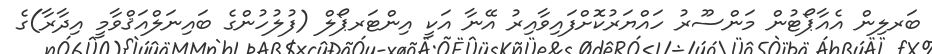
ބަރލިން އެއާޕޯޓުން މަންސޫރު ހައްޔަރުކޮށްފައިވާއިރު އޭނާ އަކީ އިންޓަރޕޯލް (ފުލުހުންގެ ބައިނަލްއަޤްވާމީ އިދާރާ)ގެ